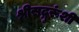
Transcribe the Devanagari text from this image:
श्रीसद्गुरूंशी